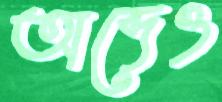
অব্দেও